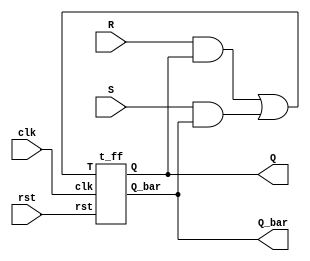
module sr_using_t(clk,rst,S,R, Q,Q_bar);
   input clk,rst,S,R;
   output Q,Q_bar;
   wire w1;
   
   assign w1 = (R&Q) | (S&Q_bar);
   t_ff TF(clk, rst,w1, Q,Q_bar);
   
endmodule

module t_ff(
    input clk,rst,T,
    output reg Q, output Q_bar
    );
    always@(posedge clk)
          begin
            if(rst)
               Q <= 1'b0;
            else
                begin
                   if(T)
                    Q<= ~Q;
                   else
                    Q<= Q;                     
                end
          end
		  assign Q_bar = ~Q;
endmodule